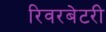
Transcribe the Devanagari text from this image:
रिवरबेटरी